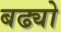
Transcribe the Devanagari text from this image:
बढ्यो